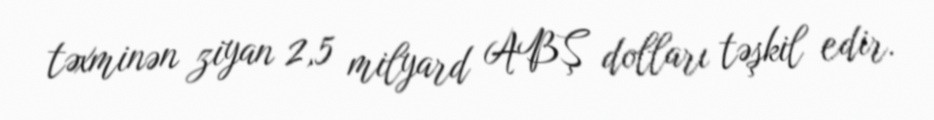
təxminən ziyan 2,5 milyard ABŞ dolları təşkil edir.